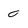
Character: O